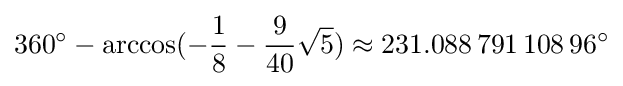
360^{\circ }-\arccos(-{\frac {1}{8}}-{\frac {9}{40}}{\sqrt {5}})\approx 231.088\,791\,108\,96^{\circ }